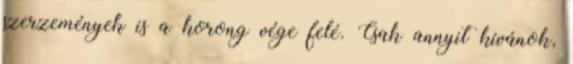
szerzemények is a korong vége felé. Csak annyit kívánok,